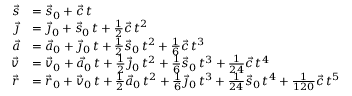
{ \begin{array} { r l } { { \vec { s } } } & { = { \vec { s } } _ { 0 } + { \vec { c } } \, t } \\ { { \vec { \jmath } } } & { = { \vec { \jmath } } _ { 0 } + { \vec { s } } _ { 0 } \, t + { \frac { 1 } { 2 } } { \vec { c } } \, t ^ { 2 } } \\ { { \vec { a } } } & { = { \vec { a } } _ { 0 } + { \vec { \jmath } } _ { 0 } \, t + { \frac { 1 } { 2 } } { \vec { s } } _ { 0 } \, t ^ { 2 } + { \frac { 1 } { 6 } } { \vec { c } } \, t ^ { 3 } } \\ { { \vec { v } } } & { = { \vec { v } } _ { 0 } + { \vec { a } } _ { 0 } \, t + { \frac { 1 } { 2 } } { \vec { \jmath } } _ { 0 } \, t ^ { 2 } + { \frac { 1 } { 6 } } { \vec { s } } _ { 0 } \, t ^ { 3 } + { \frac { 1 } { 2 4 } } { \vec { c } } \, t ^ { 4 } } \\ { { \vec { r } } } & { = { \vec { r } } _ { 0 } + { \vec { v } } _ { 0 } \, t + { \frac { 1 } { 2 } } { \vec { a } } _ { 0 } \, t ^ { 2 } + { \frac { 1 } { 6 } } { \vec { \jmath } } _ { 0 } \, t ^ { 3 } + { \frac { 1 } { 2 4 } } { \vec { s } } _ { 0 } \, t ^ { 4 } + { \frac { 1 } { 1 2 0 } } { \vec { c } } \, t ^ { 5 } } \end{array} }